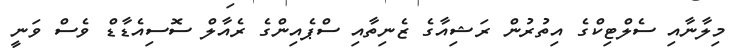
މިލާނާއި ސެލްޓިކްގެ އިތުރުން ރަޝިއާގެ ޒެނިތާއި ސްޕެއިންގެ ރެއާލް ސޮސިއެޑާޑް ވެސް ވަނީ